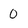
Character: 0